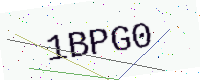
Text: 1BPG0